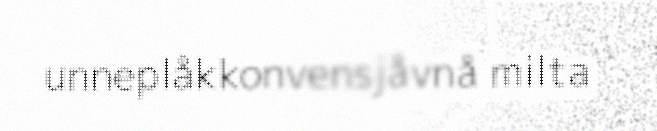
unneplåkkonvensjåvnå milta